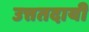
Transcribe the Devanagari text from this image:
उत्ततदायी